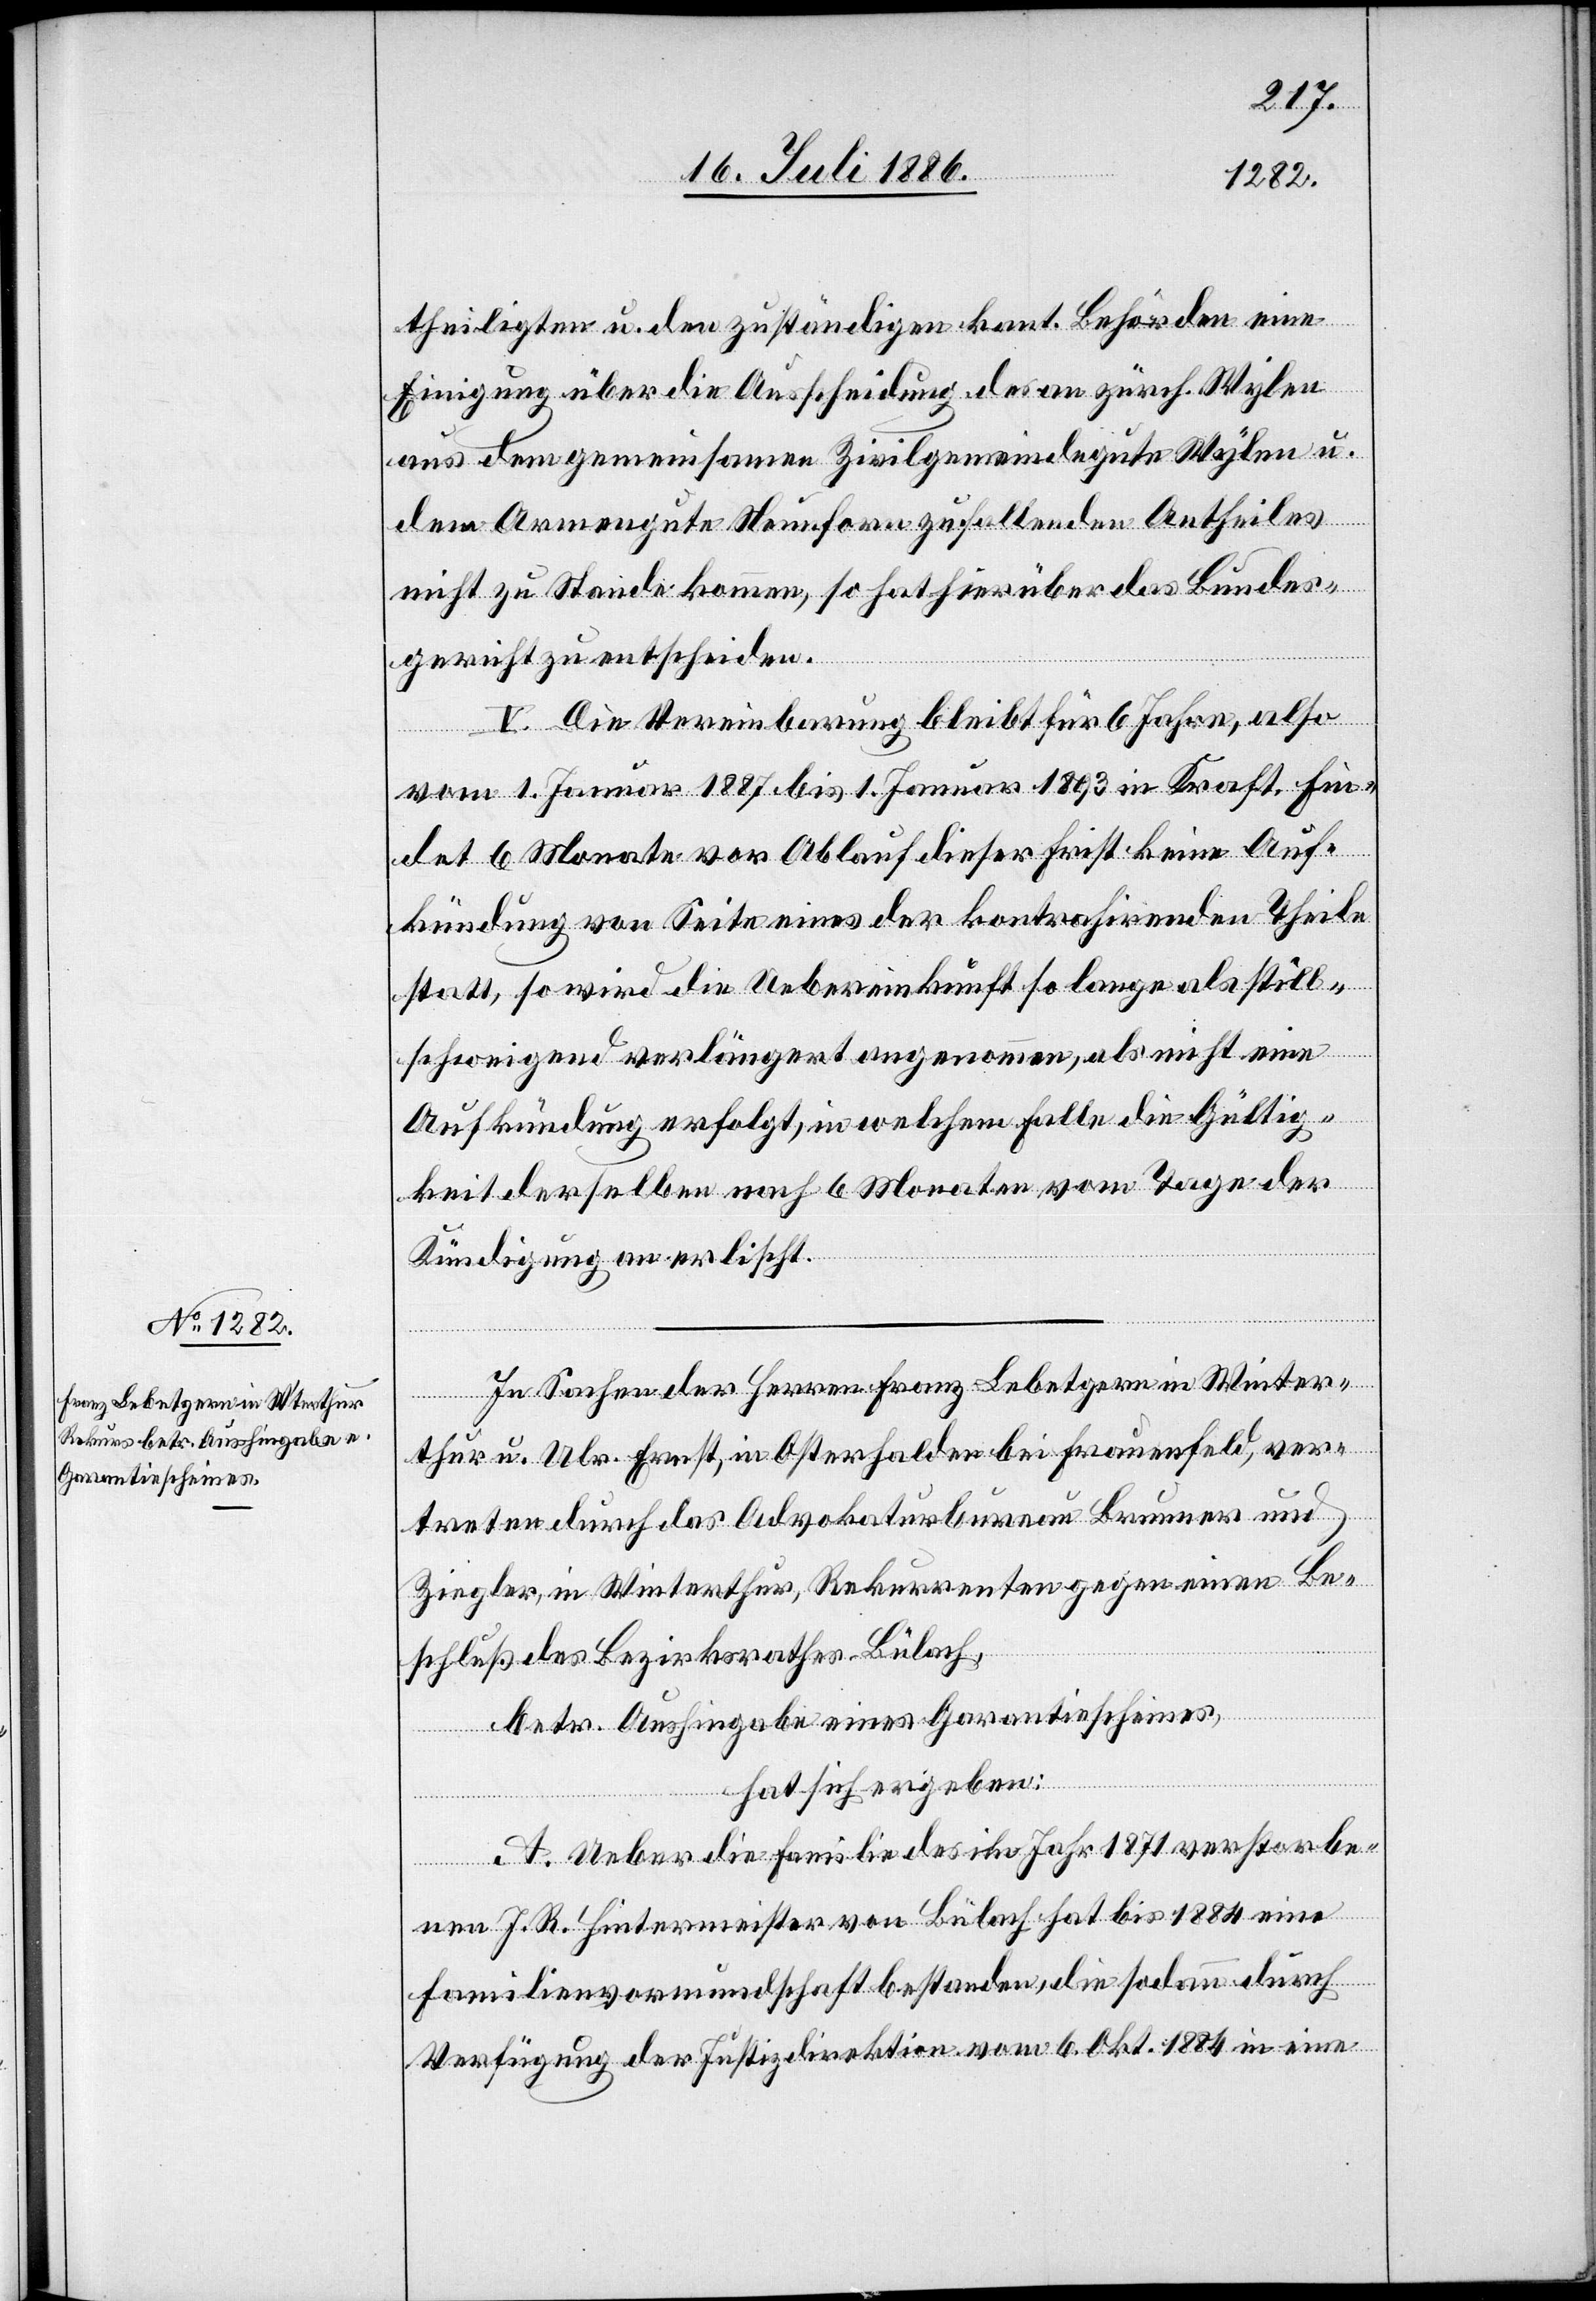
theiligten u. den zuständigen kant. Behörden eine
Einigung über die Ausscheidung des an zürch. Wylen
aus dem gemeinsamen Zivilgemeindegute Wylen u.
kontrahir¬
dem Armengute Neunforn zufallenden Antheiles
nicht zu Stande kommen, so hat hierüber das Bundes¬
gericht zu entscheiden.
V. Die Vereinbarung bleibt für 6 Jahre, also
vom 1. Januar 1887 bis 1. Januar 1893 in Kraft. Fin¬
det 6 Monate vor Ablauf dieser First keine Auf¬
statt, so wird die Uebereinkunft so lange als still¬
schweigend verlängert angenommen, als nicht eine
Aufkündung erfolgt, in welchem Falle die Gültig¬
keit derselben nach 6 Monaten vom Tage der
Kündigung an erlischt.
In Sachen der Herren Franz Lebetgern in Winter¬
thur u. Ulr. Ernst, in Osterhalden bei Frauenfeld, ver¬
treten durch das Advokaturbureau Brunner und
Ziegler, in Winterthur, Rekurrenten gegen einen Be¬
schluß des Bezirksrathes Bülach,
betr. Aushingabe eines Garantiescheines,
hat sich ergeben:
A. Ueber die Familie des im Jahr 1871 verstorbe¬
der
nen J. R. Hintermeister von Bülach hat bis 1884 eine
enden
Familienvormundschaft bestanden, die sodann durch
Verfügung der Justizdirektion vom 6. Okt. 1884 in eine